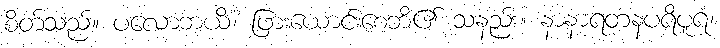
စိတ်သည်။ ပလောဘယိံ၊ ဖြားယောင်းစေဘိ၏ သနည်း။ နာနာရတနပရိပူရံ၊